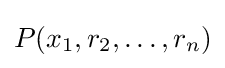
P(x_{1},r_{2},\ldots ,r_{n})